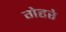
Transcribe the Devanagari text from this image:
गेहरे